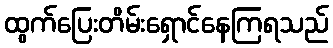
ထွက်ပြေးတိမ်းရှောင်နေကြရသည်